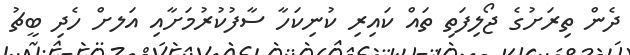
ދެން ތިރަށުގެ ޖޯލިފަތި ތައް ކައިރި ކުނިކަހާ ސާފުކުރުމަށާއި އަލށް ހެދި ބީޗު